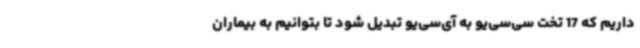
داریم که 17 تخت سی‌سی‌یو به آی‌سی‌یو تبدیل شود تا بتوانیم به بیماران